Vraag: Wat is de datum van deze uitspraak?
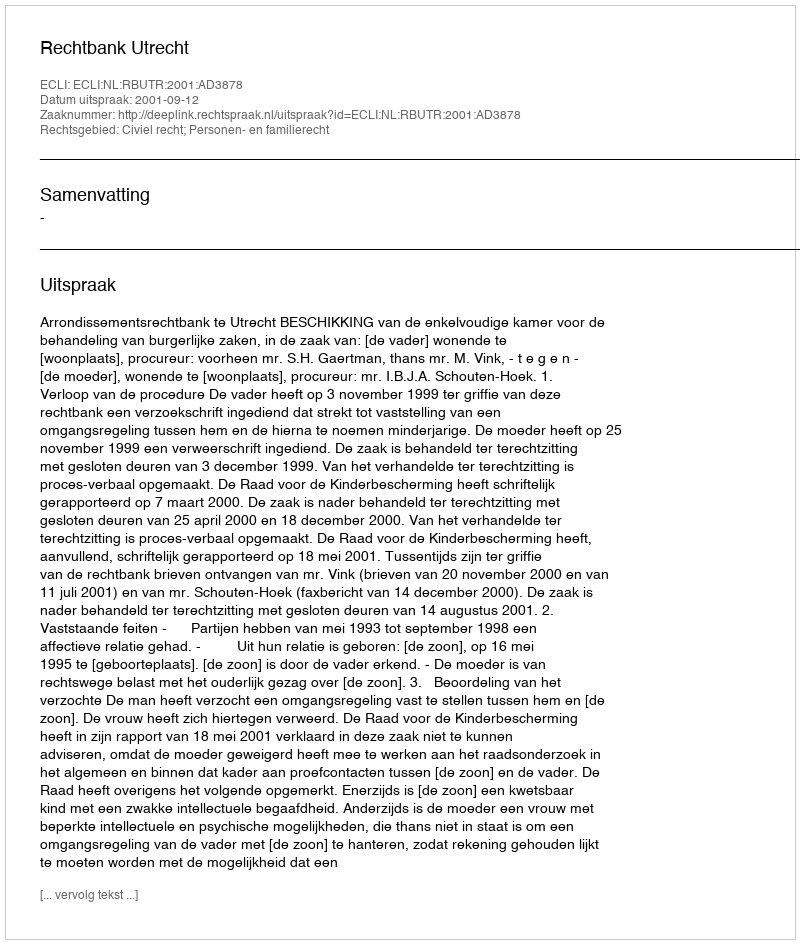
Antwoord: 2001-09-12